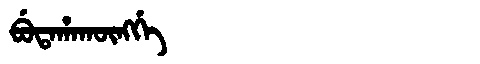
Manchu: ᠪᡠᡨᠠᡥᠠᡴᡡᠩᡤᡝ
Romanization: BUTAHAKŪNGGE